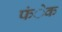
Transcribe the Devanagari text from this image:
फंेक